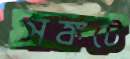
সঙ্কটে